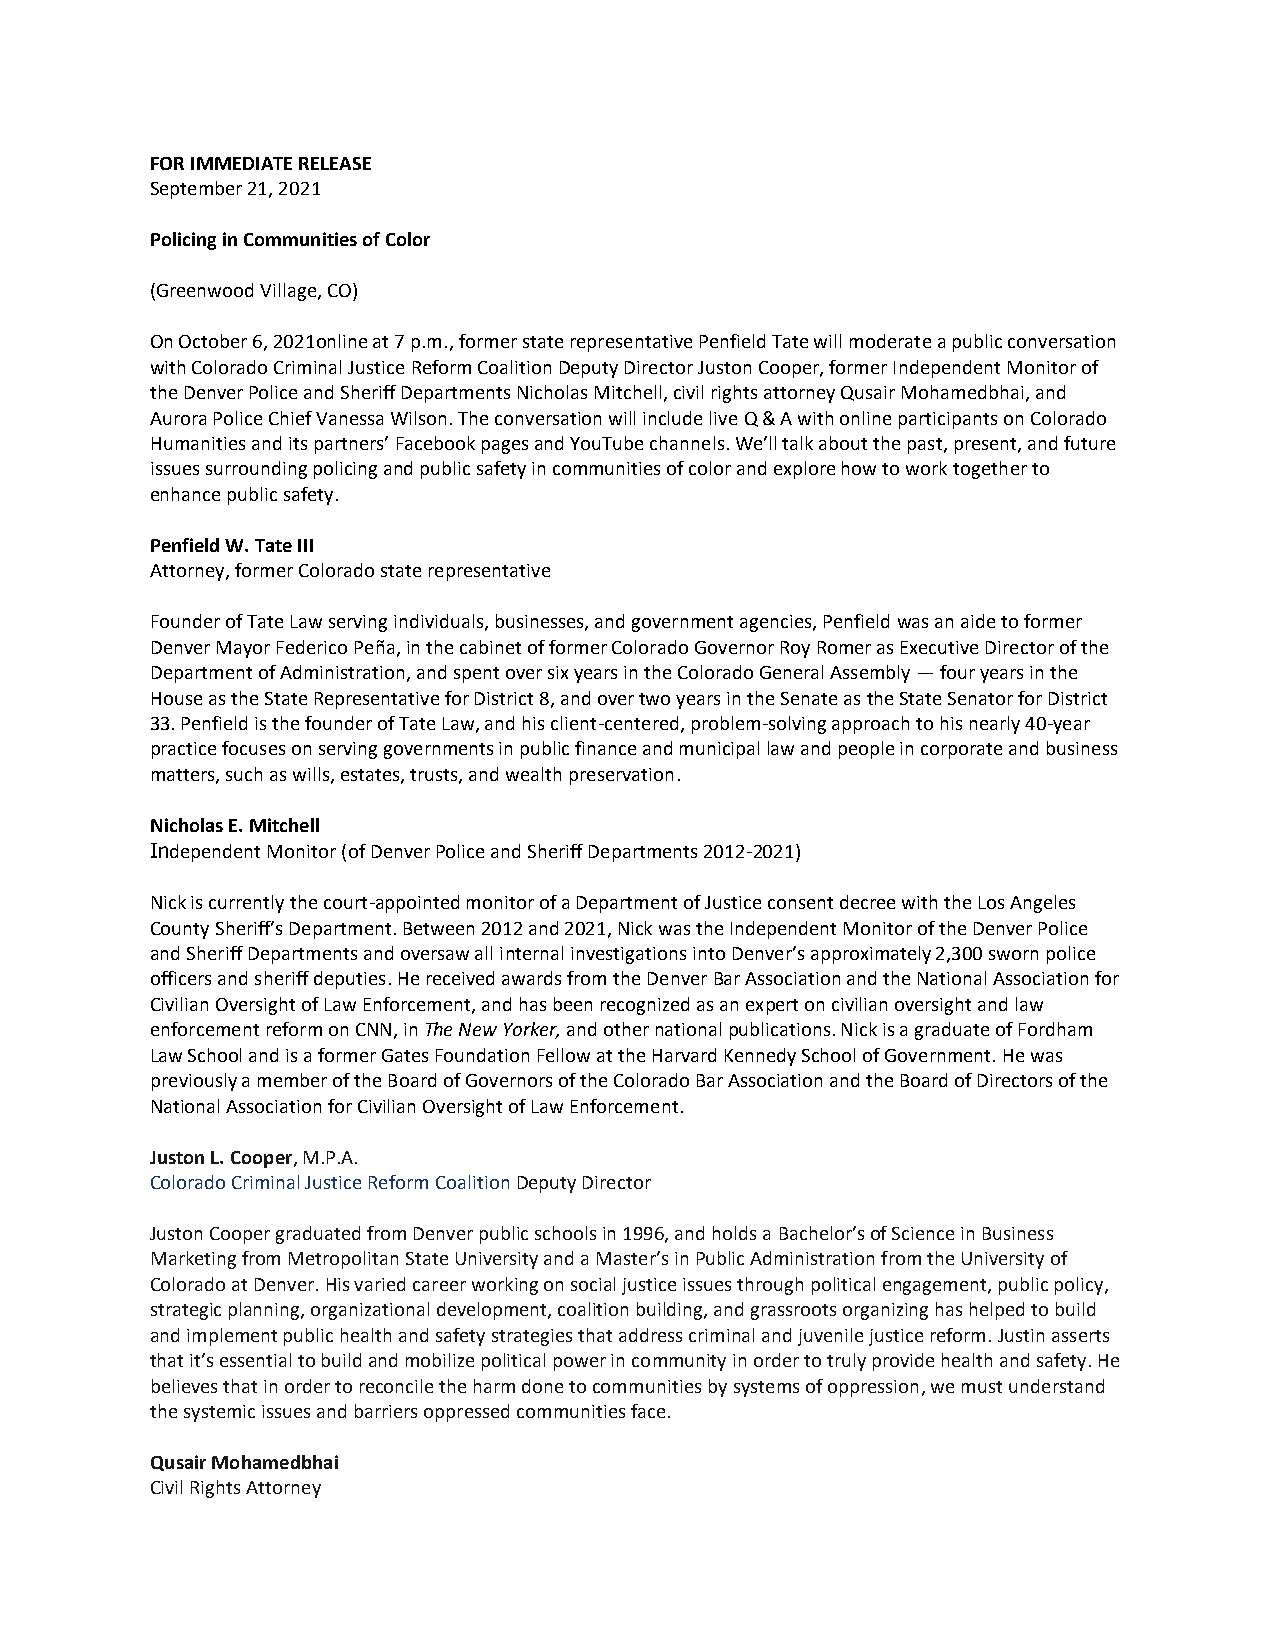
FOR IMMEDIATE RELEASE
 September 21, 2021
 Policing in Communities of Color
 (Greenwood Village, CO)
 On October 6, 2021online at 7 p.m., former state representative Penfield Tate will moderate a public conversation
 with Colorado Criminal Justice Reform Coalition Deputy Director Juston Cooper, former Independent Monitor of
 the Denver Police and Sheriff Departments Nicholas Mitchell, civil rights attorney Qusair Mohamedbhai, and
 Aurora Police Chief Vanessa Wilson. The conversation will include live Q & A with online participants on Colorado
 Humanities and its partners’ Facebook pages and YouTube channels. We’ll talk about the past, present, and future
 issues surrounding policing and public safety in communities of color and explore how to work together to
 enhance public safety.
 Penfield W. Tate III
 Attorney, former Colorado state representative
 Founder of Tate Law serving individuals, businesses, and government agencies, Penfield was an aide to former
 Denver Mayor Federico Peña, in the cabinet of former Colorado Governor Roy Romer as Executive Director of the
 Department of Administration, and spent over six years in the Colorado General Assembly — four years in the
 House as the State Representative for District 8, and over two years in the Senate as the State Senator for District
 33. Penfield is the founder of Tate Law, and his client-centered, problem-solving approach to his nearly 40-year
 practice focuses on serving governments in public finance and municipal law and people in corporate and business
 matters, such as wills, estates, trusts, and wealth preservation.
 Nicholas E. Mitchell
 Independent Monitor (of Denver Police and Sheriff Departments 2012-2021)
 Nick is currently the court-appointed monitor of a Department of Justice consent decree with the Los Angeles
 County Sheriff’s Department. Between 2012 and 2021, Nick was the Independent Monitor of the Denver Police
 and Sheriff Departments and oversaw all internal investigations into Denver’s approximately 2,300 sworn police
 officers and sheriff deputies. He received awards from the Denver Bar Association and the National Association for
 Civilian Oversight of Law Enforcement, and has been recognized as an expert on civilian oversight and law
 enforcement reform on CNN, in The New Yorker, and other national publications. Nick is a graduate of Fordham
 Law School and is a former Gates Foundation Fellow at the Harvard Kennedy School of Government. He was
 previously a member of the Board of Governors of the Colorado Bar Association and the Board of Directors of the
 National Association for Civilian Oversight of Law Enforcement.
 Juston L. Cooper, M.P.A.
 Colorado Criminal Justice Reform Coalition Deputy Director
 Juston Cooper graduated from Denver public schools in 1996, and holds a Bachelor’s of Science in Business
 Marketing from Metropolitan State University and a Master’s in Public Administration from the University of
 Colorado at Denver. His varied career working on social justice issues through political engagement, public policy,
 strategic planning, organizational development, coalition building, and grassroots organizing has helped to build
 and implement public health and safety strategies that address criminal and juvenile justice reform. Justin asserts
 that it’s essential to build and mobilize political power in community in order to truly provide health and safety. He
 believes that in order to reconcile the harm done to communities by systems of oppression, we must understand
 the systemic issues and barriers oppressed communities face.
 Qusair Mohamedbhai
 Civil Rights Attorney